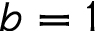
b = 1